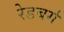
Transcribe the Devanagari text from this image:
रेडबर्ग